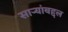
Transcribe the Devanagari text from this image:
साऱ्यांबद्दल